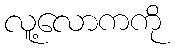
လူ့လောကကို